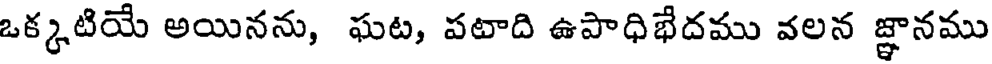
ఒక్కటియే అయినను, ఘట, పటాది ఉపాధిభేదము వలన జ్ఞానము